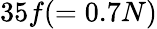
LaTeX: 35f(=0.7N)